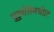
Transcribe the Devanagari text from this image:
पुडुचेरीमधील